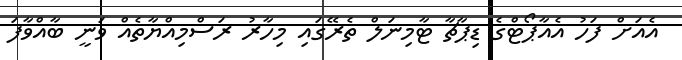
އެއަށް ފަހު އެއާޕޯޓްގެ ޑިޕާޗާ ޓާމިނަލް ތެރޭގައި މިހާރު ރަސްމިއްޔާތެއް ވަނީ ބާއްވާފަ